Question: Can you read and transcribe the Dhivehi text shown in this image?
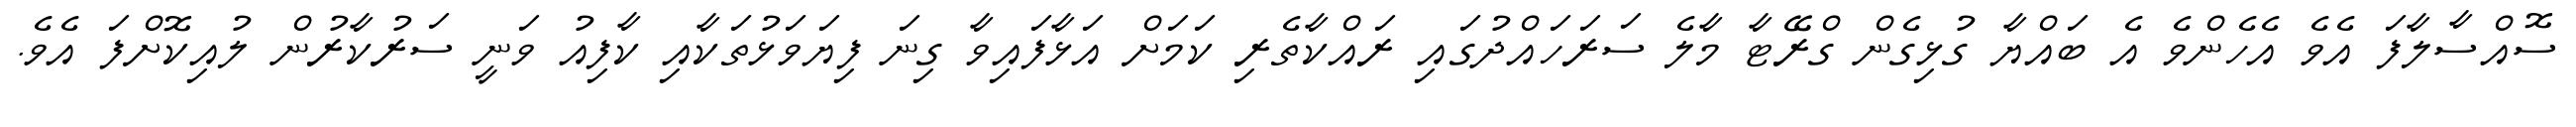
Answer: ސޮއްސާލާފަ އެވެ އެހެންވެ އެ ބައްޔާ ގުޅިގެން ގްރޭޓާ މާލެ ސަރަހައްދުގައި ރައްކާތެރި ކަމަށް އަޅާފައިވާ ގިނަ ފިޔަވަޅުތަކާއި ކާފިއު ވަނީ ސަރުކާރުން ލުއިކޮށްފަ އެވެ.